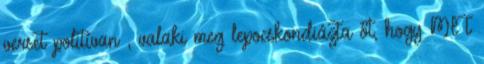
verset politívan , valaki meg lepocskondiázta őt, hogy MIT